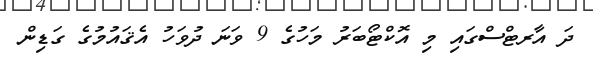
ދަ އާރޓްސްގައި މި އޮކްޓޯބަރު މަހުގެ 9 ވަނަ ދުވަހު އެޤައުމުގެ ގަޑިން